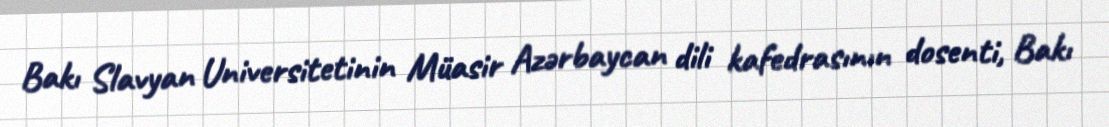
Bakı Slavyan Universitetinin Müasir Azərbaycan dili kafedrasının dosenti, Bakı